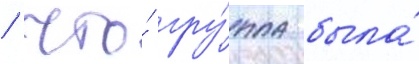
/ что́ гру́ппа была́